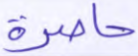
حاصرة